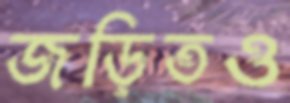
জড়িতও